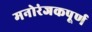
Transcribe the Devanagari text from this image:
मनोरंजकपूर्ण